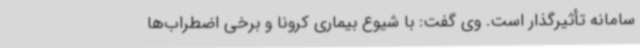
سامانه تأثیرگذار است. وی گفت: با شیوع بیماری کرونا و برخی اضطراب‌ها